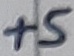
Text: +5